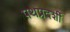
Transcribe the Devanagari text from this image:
पथप्रदर्शी